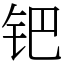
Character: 钯